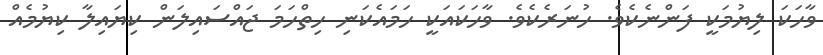
ވާހަކަ ލިޔުމަކީ ފަންނެކެވެ. ހުނަރެކެވެ. ވާހަކައަކީ ހަމައެކަނި ހިތްހަމަ ޖައްސައިލަން ކިޔައިލާ ކިޔުމެއް